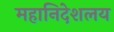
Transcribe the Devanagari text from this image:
महानिदेशलय